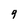
Character: 9